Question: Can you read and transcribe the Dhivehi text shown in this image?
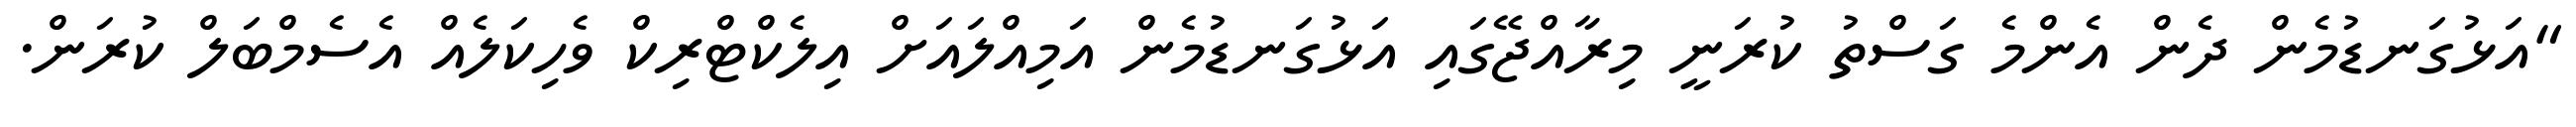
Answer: "އަޅުގަނޑުމެން ދެން އެންމެ ގަސްތު ކުރަނީ މިރާއްޖޭގައި އަޅުގަނޑުމެން އަމިއްލައަށް އިލެކްޓްރިކް ވެހިކަލެއް އެސެމްބަލް ކުރަން.